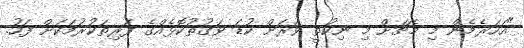
"އަހަރެމެން މި މެޗަށް މި ނިކުތީ ވަރަށް ކުޑަ ވަގުތުކޮޅެއްގެ ފަރިތަކުރުމަކަށް ފަހު.